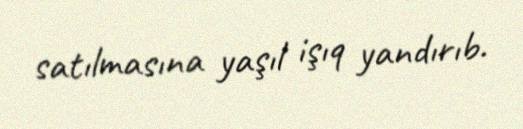
satılmasına yaşıl işıq yandırıb.